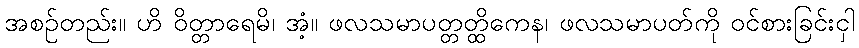
အစဉ်တည်း။ ဟိ ဝိတ္တာရေမိ၊ အံ့။ ဖလသမာပတ္တတ္ထိကေန၊ ဖလသမာပတ်ကို ဝင်စားခြင်းငှါ